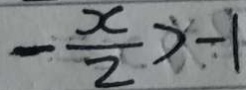
- \frac { x } { 2 } > - 1